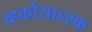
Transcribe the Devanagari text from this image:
व्हर्कोयान्स्क